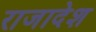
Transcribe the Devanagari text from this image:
राजादेश